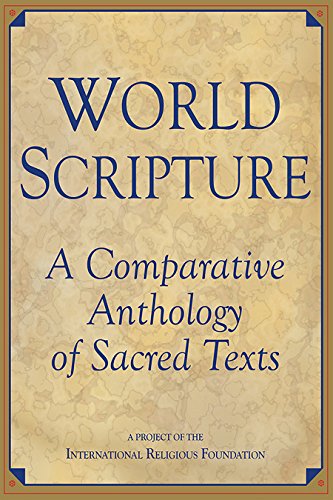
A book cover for World Scripture: A Comparative Anthology of Sacred Texts; Christian Books & Bibles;